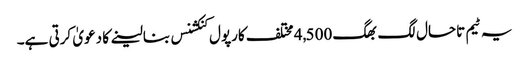
یہ ٹیم تاحال لگ بھگ 4,500 مختلف کارپول کنکشنس بنالینے کا دعویٰ کرتی ہے۔